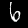
Label: 6